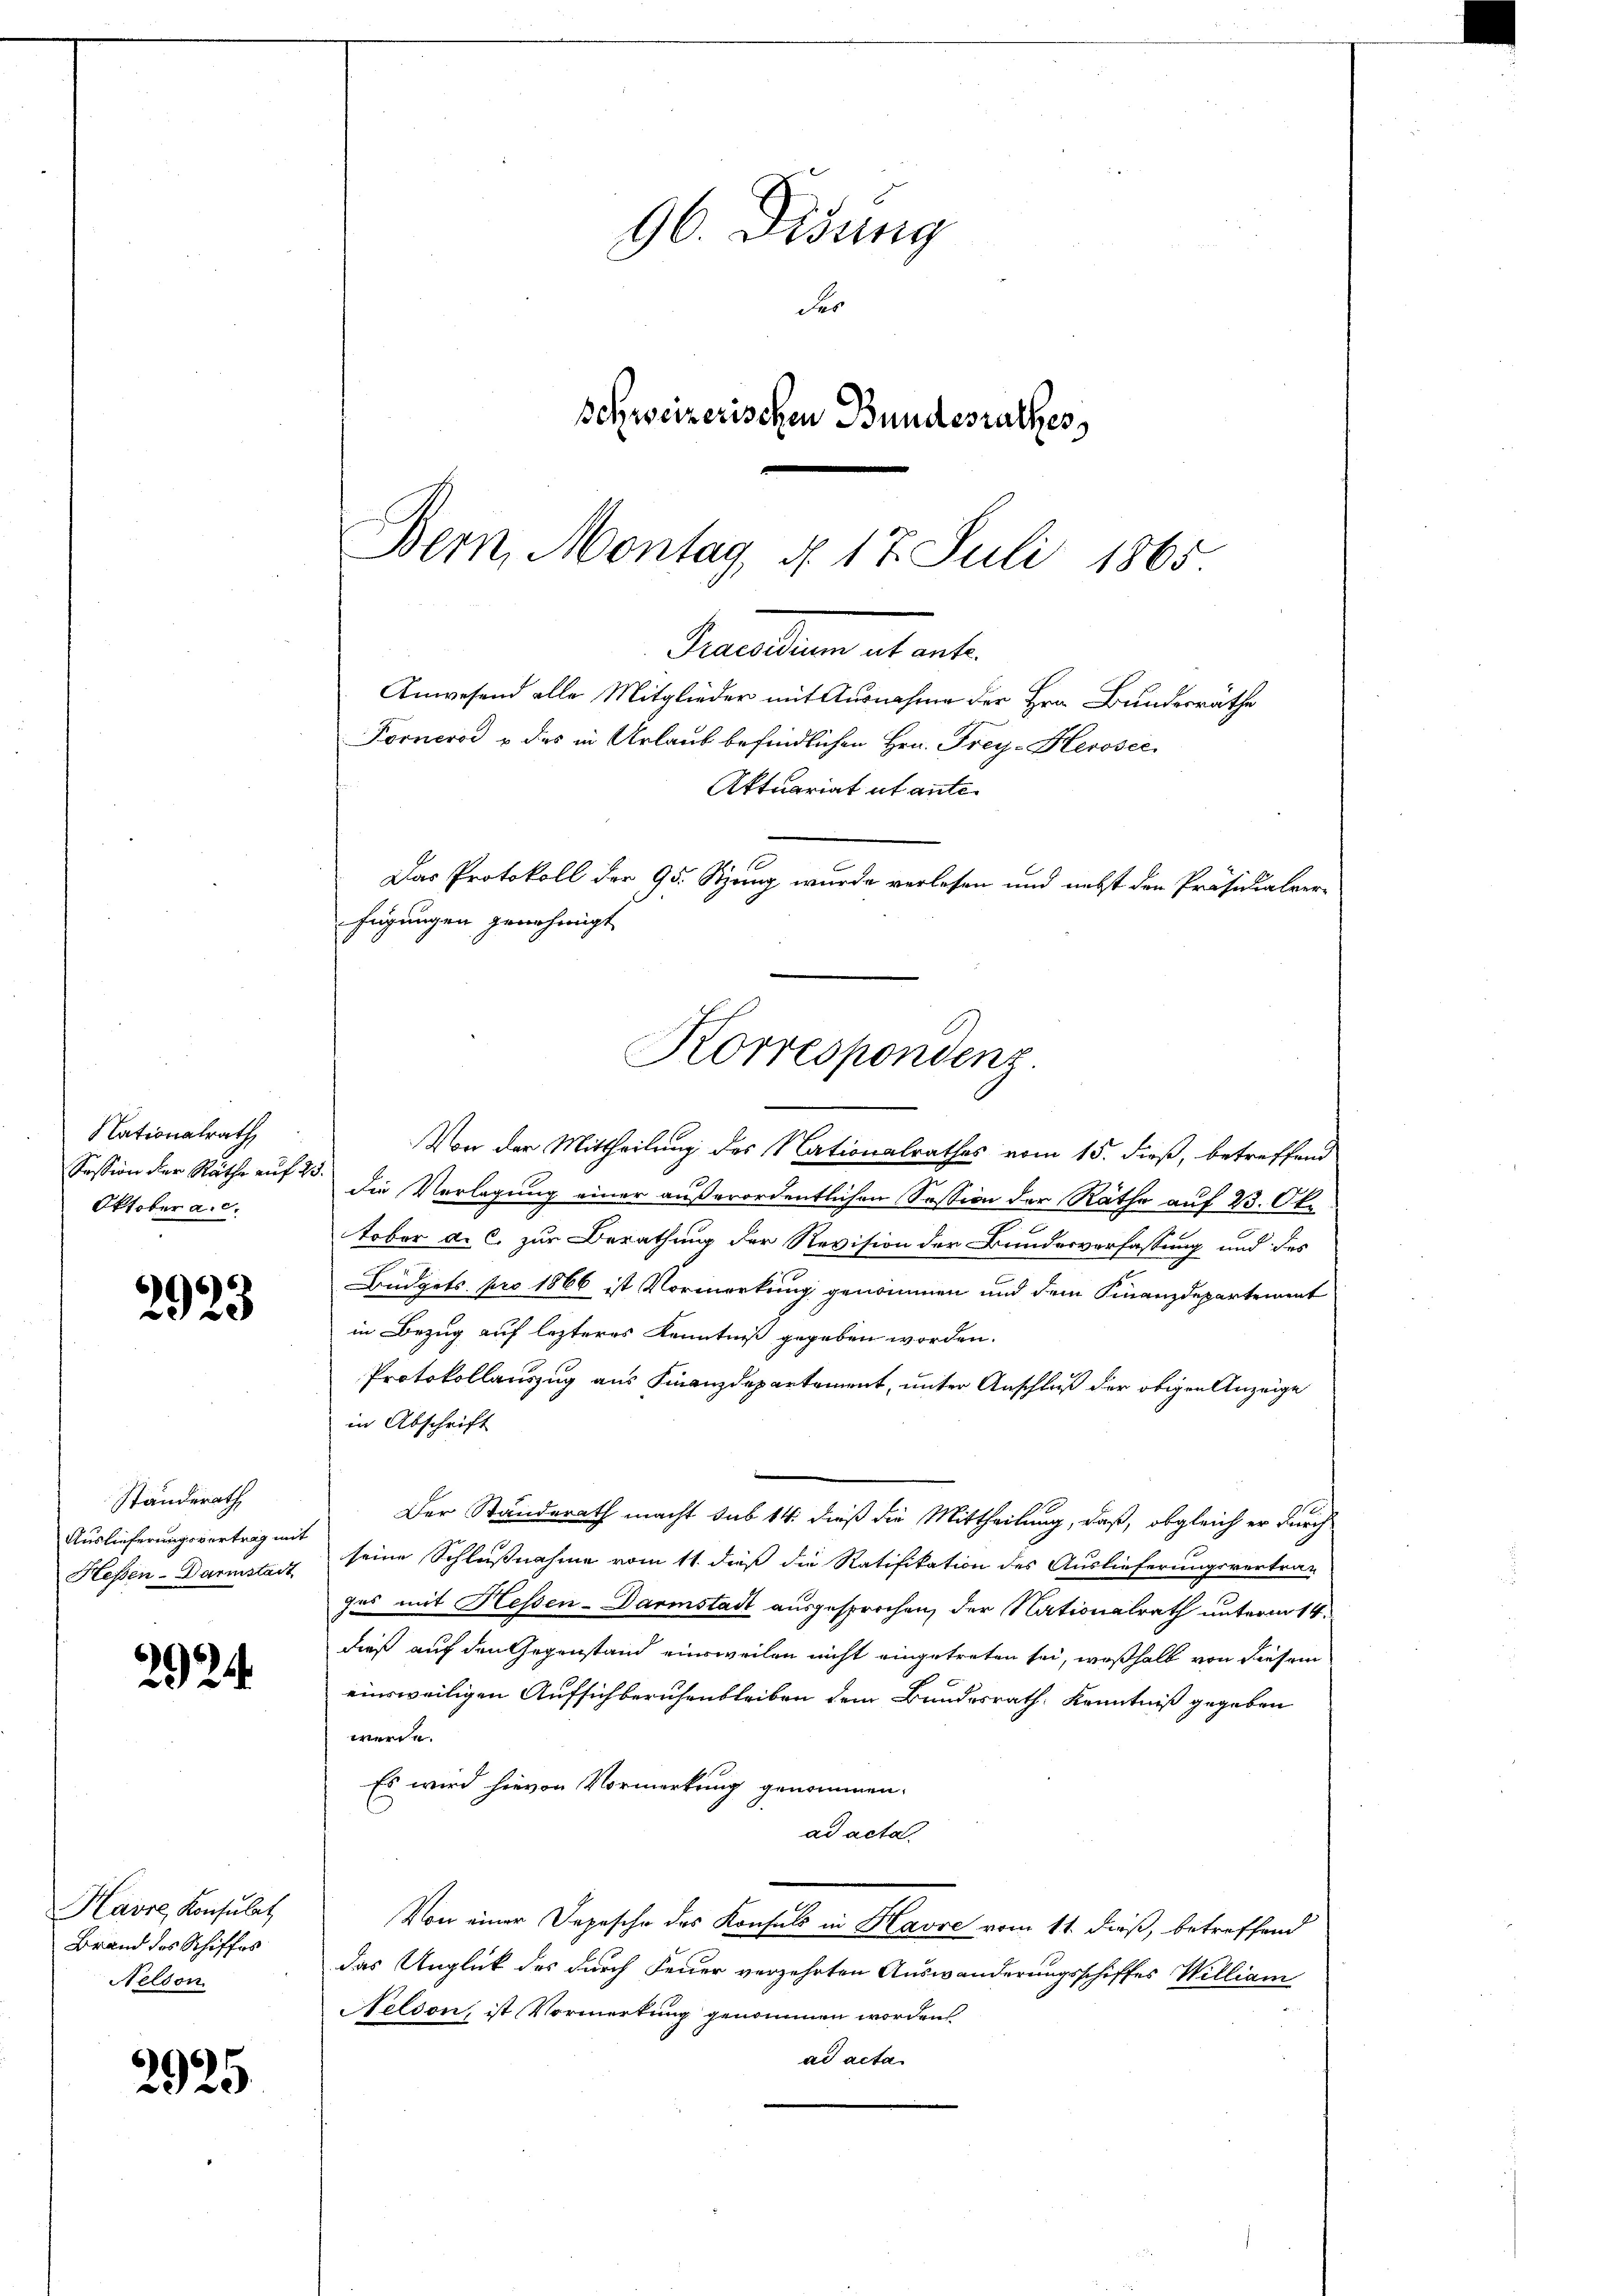
Nationalrath
Session der Räthe auf d
Oktober a.c.

2923

Ständerath
Auslieferungsvertrag mit
Heßen-Darmstadt

292

Havre, Konsulat
Brand des Schiffes
Nelson

2925

96. Didung
.
der
schweizerischen Bundesrathes

Bern, Montag, d. 17. Juli 1865.
Praesidium ut ante.
Anwesend alle Mitglieder mit Ausnahme der Hrn. Bundesrathe
Forners & das in Urlaub befindlichen Hrn. Frey-Herosec
Aktuariat ut ante.
Das Protokoll der 95. Steig wurde verlesen und nebst den Präsidialver-
fügungen genehmigt
Korrespondenz

Von der Mittheilung des Nationalrathes vom 15. dieß, betreffend
Die Verlegung einer außerordentlichen Session der Räthe auf 23. Okt
tober d. C. zur Berathung der Revision der Bundesverfassung und des
Büdgets pro 1866 ist Vormerkung genommen und dem Finanzdepartement
in Bezug auf lezteres Kenntniß gegeben worden.
Protokollauszug aus Finanzdepartement, unter Anschluß der obigen Anzeige
in Abschrift
16.
Der Standerath macht sub 14: dieß die Mittheilung, daß, obgleich er durch
seine Schlußnahme vom 11. dieß die Ratifikation des Auslieferungsvertrag
fus mit Hessen-Darmstadt ausgesprochen, der Nationalrath unterm 14.
dieß auf den Gegenstand einsweilen nicht eingetreten sei, weßhalb von diesem
einsweiligen Aufsich beruhenbleiben dem Bundesrath Kenntniß gegeben
werde.
Es wird hievon Vormerkung genommen.
ad acta
Von einer Depesche des Konsuls in Havre vom 11. dieß, betreffend
das Unglück des durch Feuer verzehrten Auswanderungsschiffes William
Neldon, ist Vormerkung genommen worden
ad acta